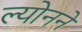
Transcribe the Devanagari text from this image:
ल्योनने